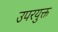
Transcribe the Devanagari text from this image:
उपरयुक्त